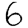
Digit: 6